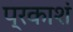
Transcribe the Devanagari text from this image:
प्रकाशं